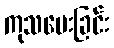
ကုသပေးခြင်း